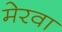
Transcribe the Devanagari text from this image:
मेरवा